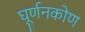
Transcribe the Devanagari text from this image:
घूर्णनकोण